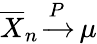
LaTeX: \displaystyle{\overline{{X}}}_{n}\, {\xrightarrow{P}}\, \mu